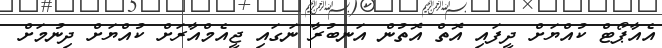
އެއާޕޯޓް ކުއްޔަށް ދީފައި އޮތް އޮތުން އަނބުރާ ނަގައި ޖީއެމްއާރަށް ކުއްޔަށް ދިނުމަށް